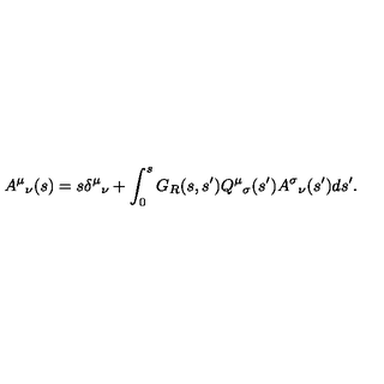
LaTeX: A ^ { \mu } { } _ { \nu } ( s ) = s \delta ^ { \mu } { } _ { \nu } + \int _ { 0 } ^ { s } G _ { R } ( s , s ^ { \prime } ) Q ^ { \mu } { } _ { \sigma } ( s ^ { \prime } ) A ^ { \sigma } { } _ { \nu } ( s ^ { \prime } ) d s ^ { \prime } .